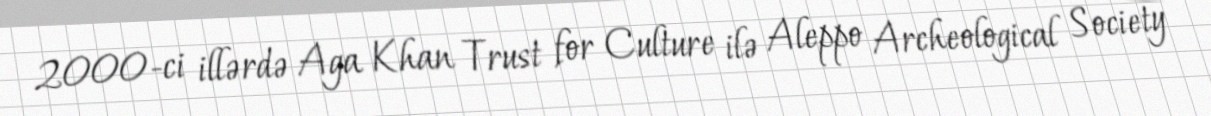
2000-ci illərdə Aga Khan Trust for Culture ilə Aleppo Archeological Society